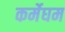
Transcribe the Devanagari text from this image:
कर्मेघम